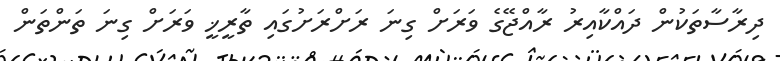
ދިރާސާތަކުން ދައްކާއިރު ރާއްޖޭގެ ވަރަށް ގިނަ ރަށްރަށުގައި ތާރީޚީ ވަރަށް ގިނަ ތަންތަން